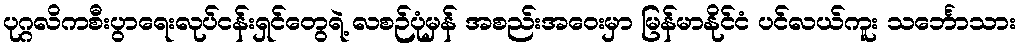
ပုဂ္ဂလိကစီးပွာရေးလုပ်ငန်းရှင်တွေရဲ့ လစဉ်ပုံမှန် အစည်းအဝေးမှာ မြန်မာနိုင်ငံ ပင်လယ်ကူး သင်္ဘောသား